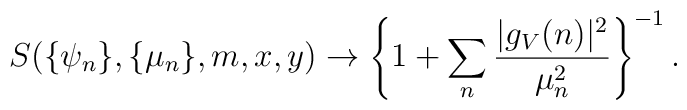
S(\{\psi_n\},\{\mu_n\},m,x,y)\rightarrow      \left\{1+\sum_n\frac{|g_V(n)|^2}{\mu_n^2}\right\}^{-1}.